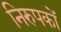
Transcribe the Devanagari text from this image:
निरुपकों